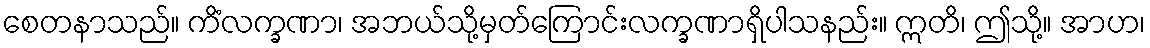
စေတနာသည်။ ကိံလက္ခဏာ၊ အဘယ်သို့မှတ်ကြောင်းလက္ခဏာရှိပါသနည်း။ ဣတိ၊ ဤသို့။ အာဟ၊